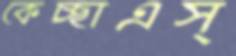
কেচ্ছাএস্